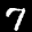
Label: 7